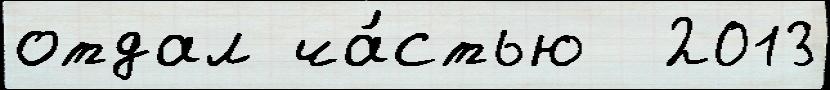
отдал ча́стью  2013